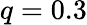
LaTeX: q=0.3